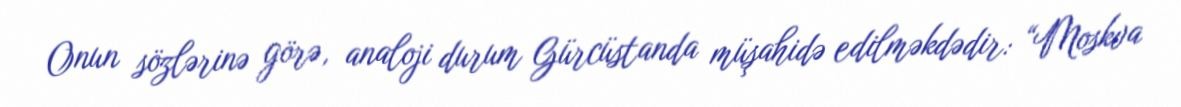
Onun sözlərinə görə, analoji durum Gürcüstanda müşahidə edilməkdədir: “Moskva